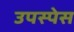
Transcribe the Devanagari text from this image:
उपस्पेस